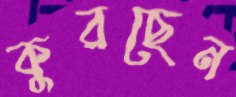
কুরছেন